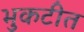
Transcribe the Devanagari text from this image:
भुकटीत